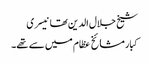
شیخ جلال الدین تھانیسری
کبار مشائخ عظام میں سے تھے۔